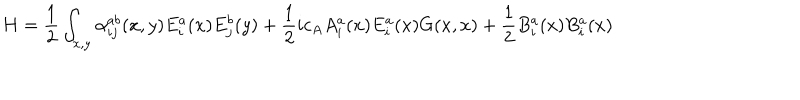
LaTeX: H = { \frac { 1 } { 2 } } \int _ { x , y } \alpha _ { i j } ^ { a b } ( x , y ) E _ { i } ^ { a } ( x ) E _ { j } ^ { b } ( y ) + { \frac { 1 } { 2 } } i c _ { A } A _ { i } ^ { a } ( x ) E _ { i } ^ { a } ( x ) G ( x , x ) + { \frac { 1 } { 2 } } B _ { i } ^ { a } ( x ) B _ { i } ^ { a } ( x )